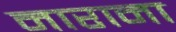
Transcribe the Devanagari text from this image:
नाराना